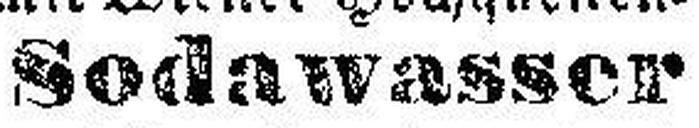
Sodawasser